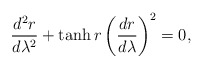
\begin{align*}\frac{d^2r}{d\lambda^2} + \tanh r \left( \frac{dr}{d\lambda} \right)^2=0,\end{align*}